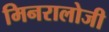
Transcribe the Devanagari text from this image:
मिनरालोजी